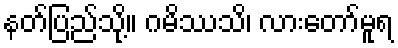
နတ်ပြည်သို့။ ဂမိဿသိ၊ လားတော်မူရ